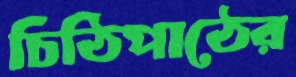
চিঠিপাঠের